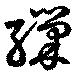
繅